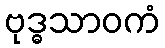
ဗုဒ္ဓသာဝကံ